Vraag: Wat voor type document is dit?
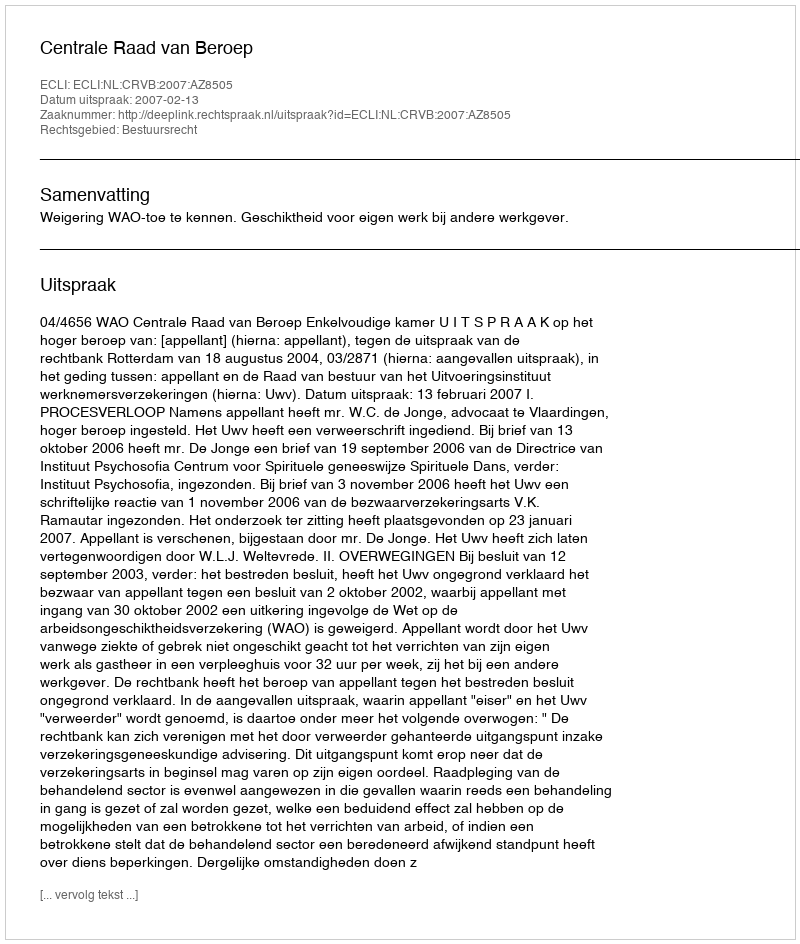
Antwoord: Uitspraak